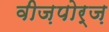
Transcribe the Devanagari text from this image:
वीज़पोर्ज़